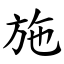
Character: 施